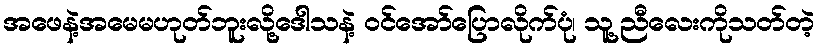
အဖေနဲ့အမေမဟုတ်ဘူးလို့ဒေါသနဲ့ ဝင်အော်ပြောလိုက်ပုံ၊ သူ့ညီလေးကိုသတ်တဲ့